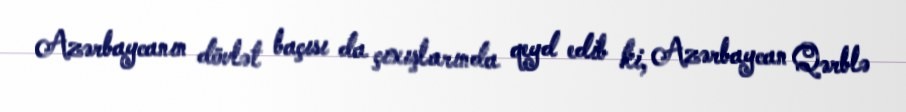
Azərbaycanın dövlət baçısı da çıxışlarında qeyd edib ki, Azərbaycan Qərblə